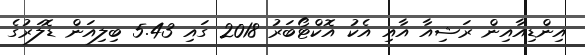
އިންޑިއާއިން ރަޝިއާ އާއި އެކު އޮކްޓޯބަރު 2018 ގައި 5.43 ބިލިއަން ޑޮލަރުގެ